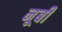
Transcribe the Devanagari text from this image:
नूबी